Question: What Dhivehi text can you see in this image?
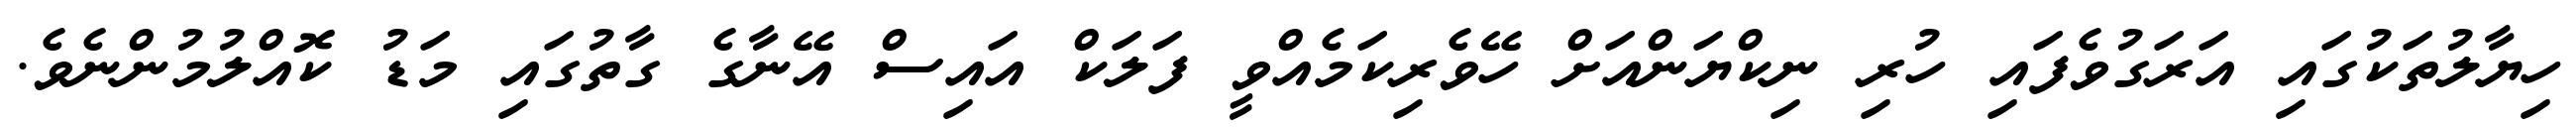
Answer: ހިޔާލުތަކުގައި އަރަގުވެފައި ހުރި ނިކްޔަންއަށް ހޭވެރިކަމެއްވީ ފަލަކް އައިސް އޭނާގެ ގާތުގައި މަޑު ކޮއްލުމުންނެވެ.